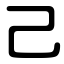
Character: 己